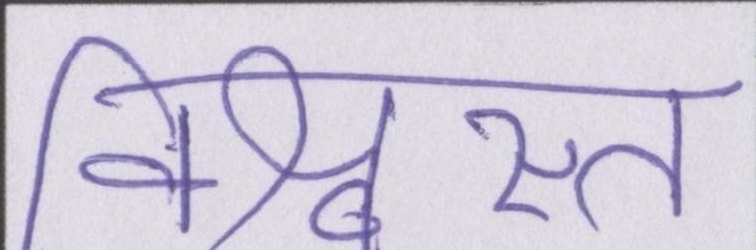
विश्वस्त